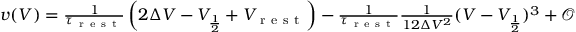
\begin{array} { r } { v ( V ) = \frac { 1 } { \tau _ { \mathrm { ~ r ~ e ~ s ~ t ~ } } } \left( 2 \Delta V - V _ { \frac { 1 } { 2 } } + V _ { \mathrm { ~ r ~ e ~ s ~ t ~ } } \right) - \frac { 1 } { \tau _ { \mathrm { ~ r ~ e ~ s ~ t ~ } } } \frac { 1 } { 1 2 \Delta V ^ { 2 } } ( V - V _ { \frac { 1 } { 2 } } ) ^ { 3 } + \mathcal { O } \left( ( V - V _ { \frac { 1 } { 2 } } ) ^ { 4 } \right) } \end{array}